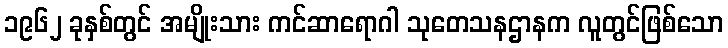
၁၉၆၂ ခုနှစ်တွင် အမျိုးသား ကင်ဆာရောဂါ သုတေသနဌာနက လူတွင်ဖြစ်သော